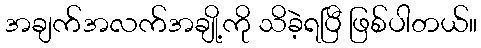
အချက်အလက်အချို့ကို သိခဲ့ရပြီ ဖြစ်ပါတယ်။